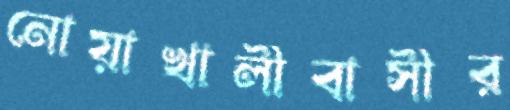
নোয়াখালীবাসীর